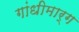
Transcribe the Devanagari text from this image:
गांधीमार्ग